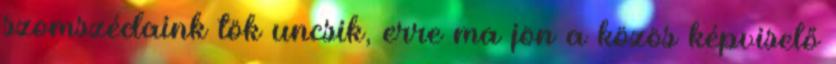
szomszédaink tök uncsik, erre ma jön a közös képviselő